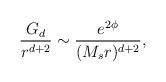
LaTeX: \begin{align*}{G_d \over r^{d+2}} \sim {e^{2\phi} \over (M_s r)^{d+2}},\end{align*}